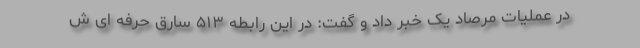
در عملیات مرصاد یک خبر داد و گفت: در این رابطه ۵۱۳ سارق حرفه ای ش